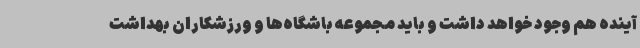
آینده هم وجود خواهد داشت و باید مجموعه باشگاه‌ها و ورزشکاران بهداشت